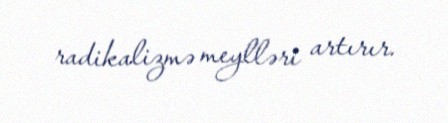
radikalizmə meylləri artırır.